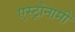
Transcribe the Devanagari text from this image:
एस्ट्रोनामी